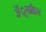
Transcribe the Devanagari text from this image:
ॲुमाक्रिन